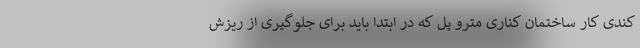
کندی کار ساختمان کناری مترو پل که در ابتدا باید برای جلوگیری از ریزش